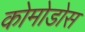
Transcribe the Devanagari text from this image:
कोमोडोस